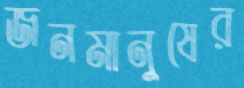
জনমানুষের